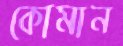
কোমান